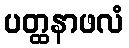
ပတ္ထနာဖလံ